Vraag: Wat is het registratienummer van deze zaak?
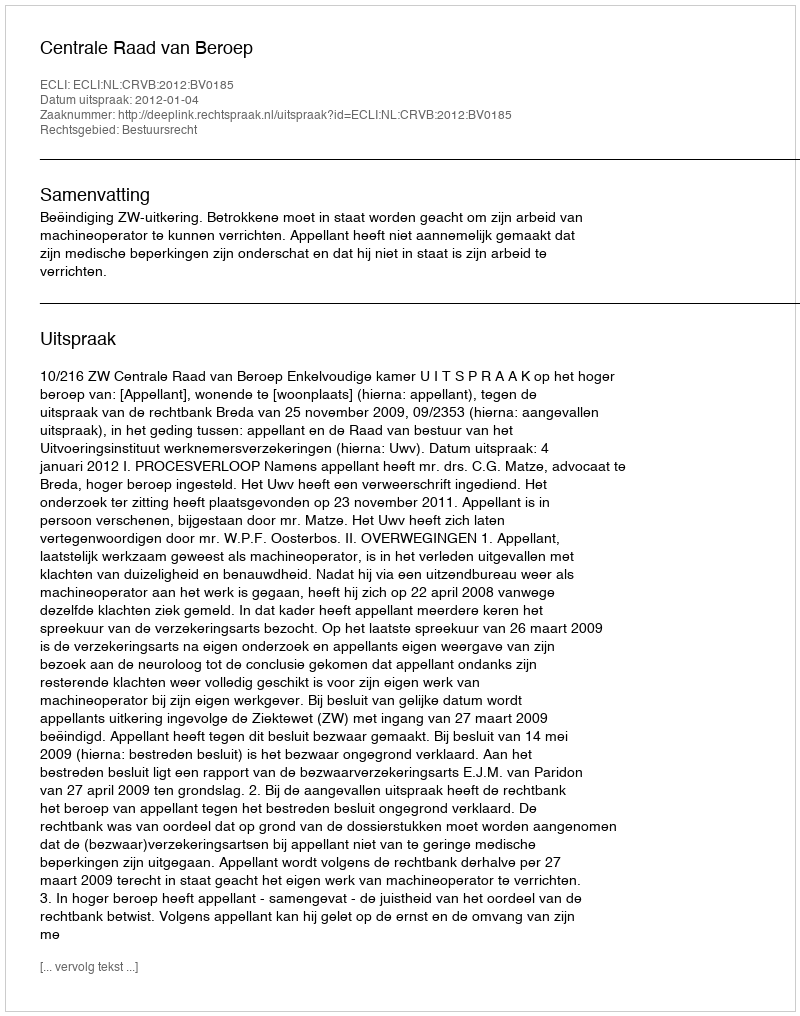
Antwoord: http://deeplink.rechtspraak.nl/uitspraak?id=ECLI:NL:CRVB:2012:BV0185